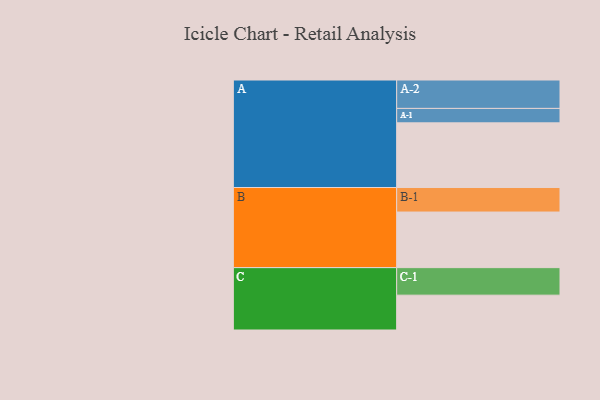
{"axis": {"x": "Segment", "y": "Value"}, "legend": ["", "A", "B", "C"], "data": [{"x": "A", "y": 583, "type": ""}, {"x": "B", "y": 501, "type": ""}, {"x": "C", "y": 314, "type": ""}, {"x": "A-1", "y": 130, "type": "A"}, {"x": "A-2", "y": 256, "type": "A"}, {"x": "B-1", "y": 221, "type": "B"}, {"x": "C-1", "y": 248, "type": "C"}]}